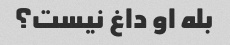
بله او داغ نیست؟